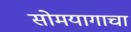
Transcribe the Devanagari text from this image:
सोमयागाचा